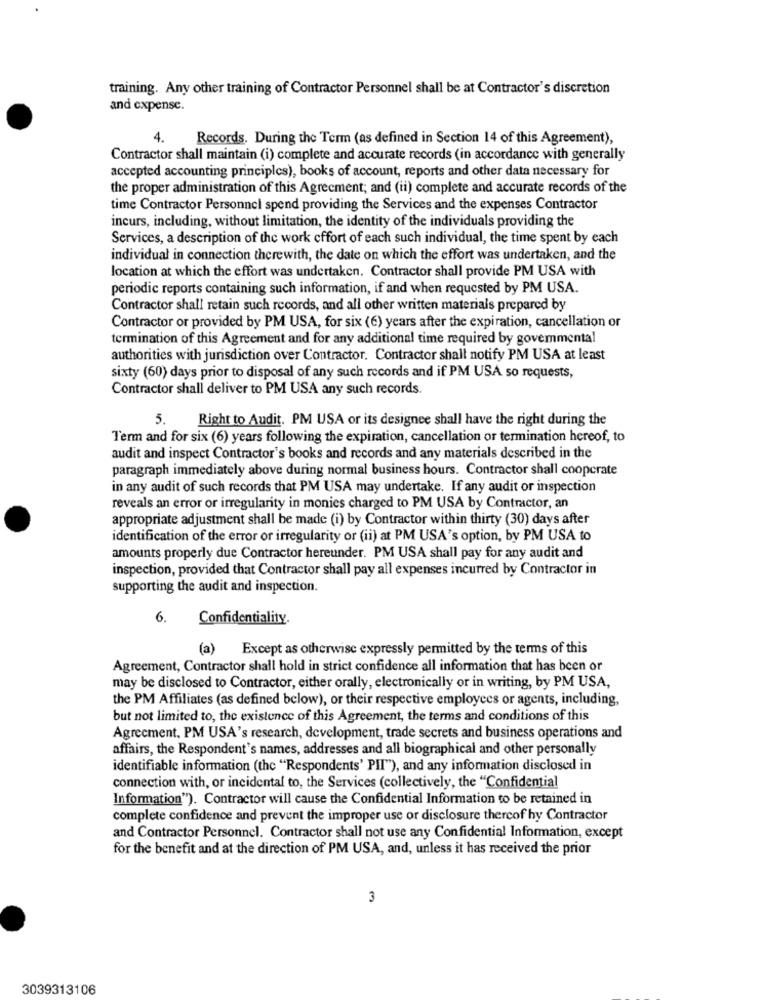
training. Any other training of Contractor Personnel shall be at Contractor's discretion
and expense.
Records. During the Term (as defined in Section 14 of this Agreement),
4.
Contractor shall maintain (i) complete and accurate records (in accordance with generally
accepted accounting principles), books of account, reports and other data necessary for
the proper administration of this Agreement; and (ii) complete and accurate records of the
time Contractor Personnel spend providing the Services and the expenses Contractor
incurs, including, without limitation, the identity of the individuals providing the
Services, a description of the work effort of each such individual, the time spent by each
individual in connection therewith, the date on which the effort was undertaken, and the
location at which the effort was undertaken. Contractor shall provide PM USA with
periodic reports containing such information, if and when requested by PM USA.
Contractor shall retain such records, and all other written materials prepared by
Contractor or provided by PM USA, for six (6) years after the expiration, cancellation or
termination of this Agreement and for any additional time required by govemmental
authorities with jurisdiction over Contractor. Contractor shall notify PM USA at least
sixty (60) days prior to disposal of any such records and if PM USA so requests,
Contractor shall deliver to PM USA any such records.
5.
Right to Audit. PM USA or its designee shall have the right during the
Term and for six (6) years following the expiration, cancellation or termination hereof, to
audit and inspect Contractor's books and records and any materials described in the
paragraph immediately above during normal business hours. Contractor shall cooperate
in any audit of such records that PM USA may undertake. If any audit or inspection
reveals an error or irregularity in monies charged to PM USA by Contractor, an
appropriate adjustment shall be made (i) by Contractor within thirty (30) days after
identification of the error or irregularity or (ii) at PM USA's option, by PM USA to
amounts properly due Contractor hereunder. PM USA shall pay for any audit and
inspection, provided that Contractor shall pay all expenses incurred by Contractor in
supporting the audit and inspection.
6.
Confidentiality.
(a)
Except as otherwise expressly permitted by the terms of this
Agreement, Contractor shall hold in strict confidence all information that has been or
may be disclosed to Contractor, either orally, electronically or in writing, by PM USA,
the PM Affiliates (as defined below), or their respective employees or agents, including,
but not limited to, the existence of this Agreement, the terms and conditions of this
Agreement. PM USA's research, development, trade secrets and business operations and
affairs, the Respondent's names, addresses and all biographical and other personally
identifiable information (thc "Respondents' PII"), and any information disclosed in
connection with, or incidental to, the Services (collectively, the "Confidential
Information"). Contractor will cause the Confidential Information to be retained in
complete confidence and prevent the improper use or disclosure thercof by Contractor
and Contractor Personnel. Contractor shall not use any Confidential Information, except
for the benefit and at the direction of PM USA, and, unless it has received the prior
3
3039313106